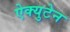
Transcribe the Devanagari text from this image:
ऐक्युटेन